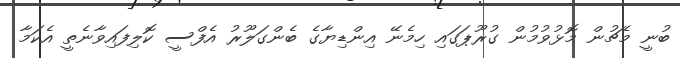
ބުނީ މެޗުން މޮޅުވުމުން ގުރޫޕަގައި ހިމެނޭ އިންޑިޔާގެ ބެންގަލޫރު އެފްސީ ކޮލިފައިވާނެތީ އެކަމާ